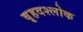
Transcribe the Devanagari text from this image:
बृहदश्लोक